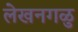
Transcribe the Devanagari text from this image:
लेखनगळु